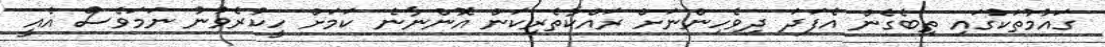
ގައުމުތަކުގައި ތިބެގެން އެފަދަ ދިވެހިންނަށް ރައްކާތެރިކަން އޮންނާނެ ކަމަށް ހީކުރެވުނު ނަމަވެސް އެއީ